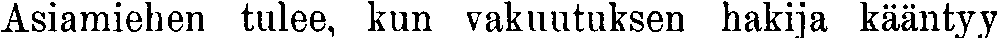
Asiamiehen tulee, kun vakuutuksen hakija kääntyy